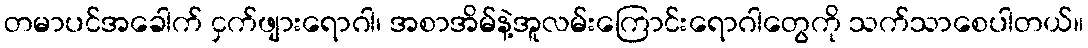
တမာပင်အခေါက် ငှက်ဖျားရောဂါ၊ အစာအိမ်နဲ့အူလမ်းကြောင်းရောဂါတွေကို သက်သာစေပါတယ်။